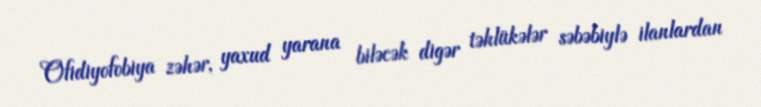
Ofidiyofobiya zəhər, yaxud yarana biləcək digər təhlükələr səbəbiylə ilanlardan